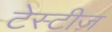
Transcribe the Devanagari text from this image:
टेस्टीज़